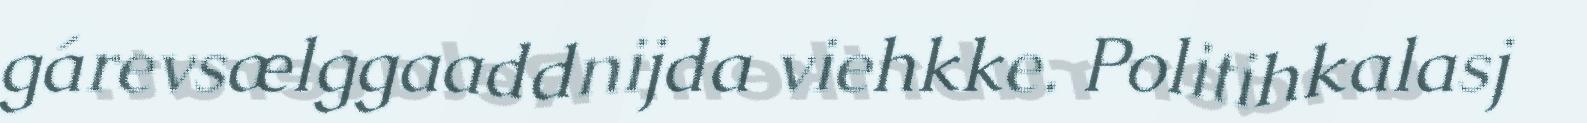
gárevsælggaaddnijda viehkke. Politihkalasj